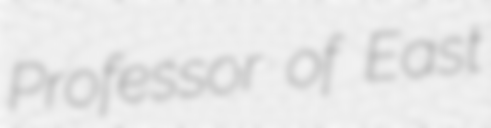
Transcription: Professor of East